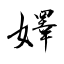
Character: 嬕